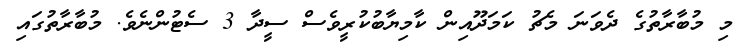
މި މުބާރާތުގެ ދެވަނަ މެޗު ކަމަދޫއިން ކާމިޔާބުކުރީވެސް ސީދާ 3 ސެޓުންނެވެ. މުބާރާތުގައި